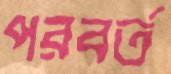
পরবর্ত